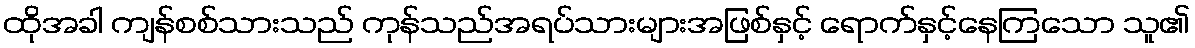
ထိုအခါ ကျန်စစ်သားသည် ကုန်သည်အရပ်သားများအဖြစ်နှင့် ရောက်နှင့်နေကြသော သူ၏